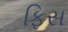
ફિસ